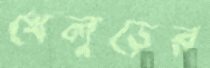
খেলুড়ের